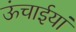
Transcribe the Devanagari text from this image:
ऊंचाईयां